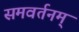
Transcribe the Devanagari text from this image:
समवर्तनम्